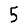
Digit: 5